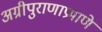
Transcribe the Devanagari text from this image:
अग्रीपुराणाप्रमाणे